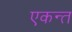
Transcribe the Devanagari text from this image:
एकन्त